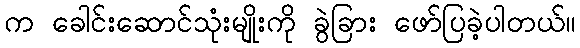
က ခေါင်းဆောင်သုံးမျိုးကို ခွဲခြား ဖော်ပြခဲ့ပါတယ်။